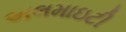
અલમાઇટી